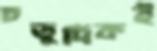
চতুর্দিকই